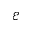
\mathcal { E }